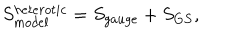
LaTeX: S _ { m o d e l } ^ { h e t e r o t i c } = S _ { g a u g e } + S _ { G S } ,